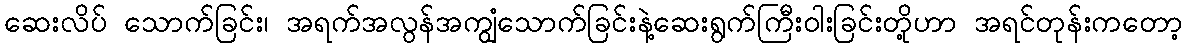
ဆေးလိပ် သောက်ခြင်း၊ အရက်အလွန်အကျွံသောက်ခြင်းနဲ့ဆေးရွက်ကြီးဝါးခြင်းတို့ဟာ အရင်တုန်းကတော့